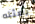
يمثله